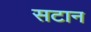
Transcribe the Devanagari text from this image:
सटान